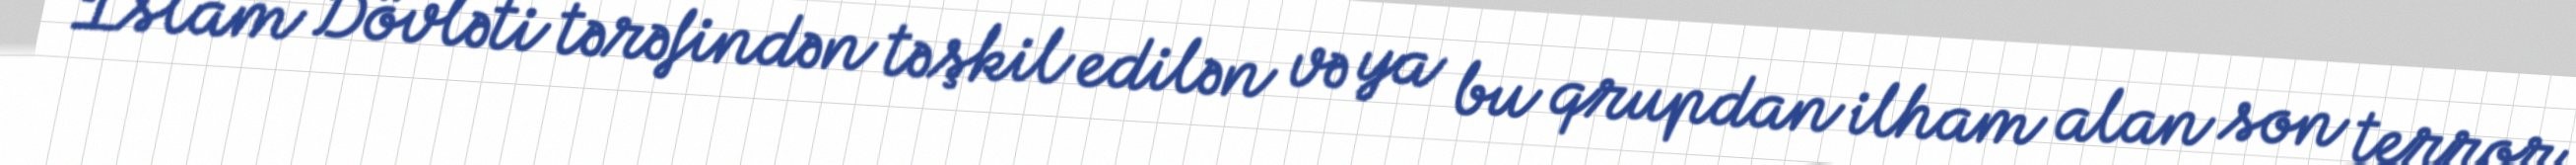
İslam Dövləti tərəfindən təşkil edilən və ya bu qrupdan ilham alan son terror